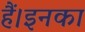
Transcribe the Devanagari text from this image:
हैं।इनका